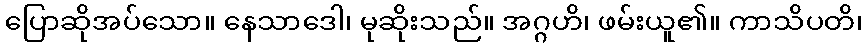
ပြောဆိုအပ်သော။ နေသာဒေါ၊ မုဆိုးသည်။ အဂ္ဂဟိ၊ ဖမ်းယူ၏။ ကာသိပတိ၊